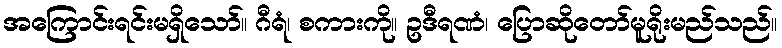
အကြောင်းရင်းမရှိသော်။ ဂီရံ၊ စကားကို။ ဥဒီရဏံ၊ ပြောဆိုတော်မူရိုးမည်သည်။